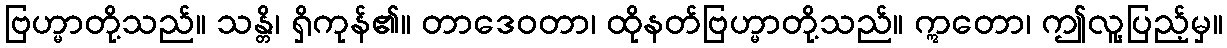
ဗြဟ္မာတို့သည်။ သန္တိ၊ ရှိကုန်၏။ တာဒေဝတာ၊ ထိုနတ်ဗြဟ္မာတို့သည်။ ဣတော၊ ဤလူ့ပြည့်မှ။